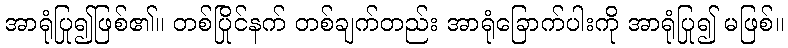
အာရုံပြု၍ဖြစ်၏။ တစ်ပြိုင်နက် တစ်ချက်တည်း အာရုံခြောက်ပါးကို အာရုံပြု၍ မဖြစ်။